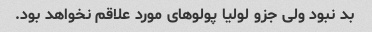
بد نبود ولی جزو لولیا پولوهای مورد علاقم نخواهد بود.